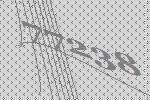
77238